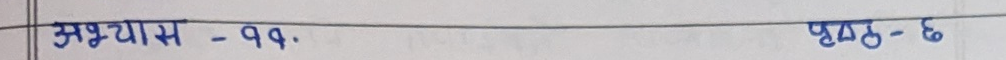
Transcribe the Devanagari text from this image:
अभ्यास - ११. पृष्ठ - ६